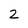
Character: 2